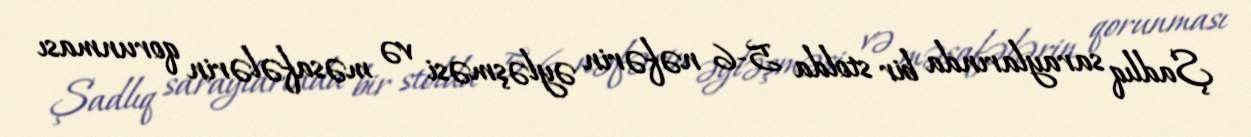
Şadlıq saraylarında bir stolda 5-6 nəfərin əyləşməsi və məsafələrin qorunması